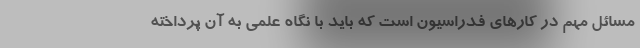
مسائل مهم در کارهای فدراسیون است که باید با نگاه علمی به آن پرداخته